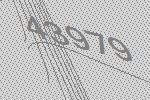
43979